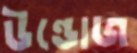
উন্ডোজ